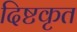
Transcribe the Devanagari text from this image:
दिष्टकृत